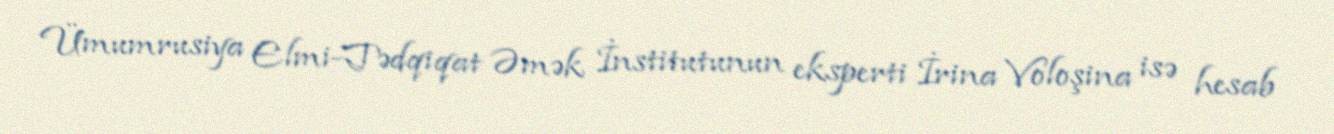
Ümumrusiya Elmi-Tədqiqat Əmək İnstitutunun eksperti İrina Voloşina isə hesab